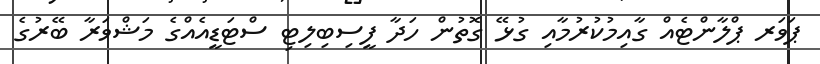
ޕަވަރ ޕްލާންޓެއް ގާއިމުކުރުމާއި ގުޅޭ ގޮތުން ހަދާ ފީސިބިލިޓި ސްޓަޑީއެއްގެ މަޝްވަރާ ބޭރުގެ